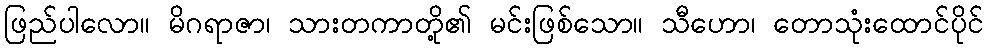
ဖြည်ပါလော။ မိဂရာဇာ၊ သားတကာတို့၏ မင်းဖြစ်သော။ သီဟော၊ တောသုံးထောင်ပိုင်